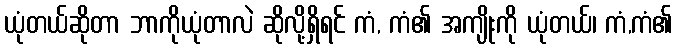
ယုံတယ်ဆိုတာ ဘာကိုယုံတာလဲ ဆိုလို့ရှိရင် ကံ, ကံ၏ အကျိုးကို ယုံတယ်၊ ကံ,ကံ၏